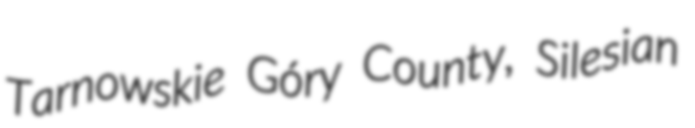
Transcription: Tarnowskie Góry County, Silesian